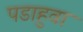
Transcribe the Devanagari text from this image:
पडाहुवा